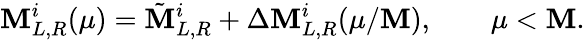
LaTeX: \mathbf{M}_{L,R}^{i}(\mu)=\tilde{{\mathbf{M}}}_{L,R}^{i}+\Delta\mathbf{M}_{L,R}^{i}(\mu/\mathbf{M}),\qquad\mu<\mathbf{M}.